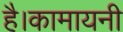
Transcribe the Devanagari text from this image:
है।कामायनी